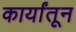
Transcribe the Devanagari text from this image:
कार्यांतून